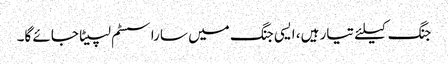
جنگ کیلئے تیار ہیں، ایسی جنگ میں سارا سسٹم لپیٹا جائے گا۔